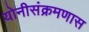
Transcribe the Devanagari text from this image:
योनीसंक्रमणास